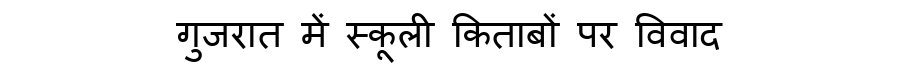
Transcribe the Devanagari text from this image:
गुजरात में स्कूली किताबों पर विवाद